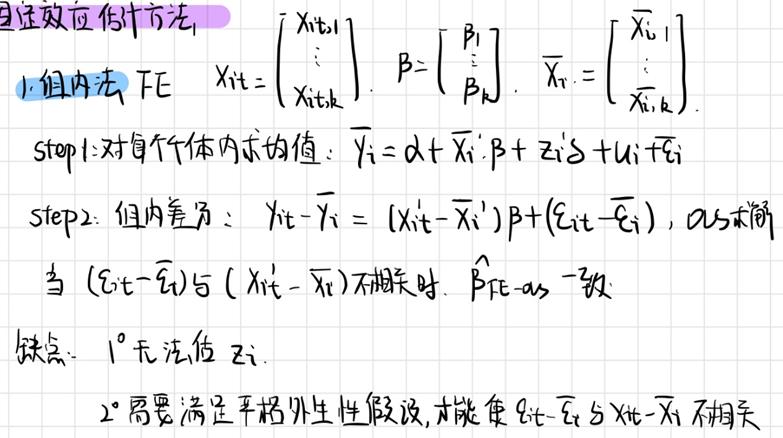
1. 组内法 FE
   - $X_{it}=\begin{bmatrix}X_{it,1}\\\vdots\\X_{it,k}\end{bmatrix}$, $\beta=\begin{bmatrix}\beta_{1}\\\vdots\\\beta_{k}\end{bmatrix}$, $\overline{X}_{i\cdot}=\begin{bmatrix}\overline{X}_{i,1}\\\vdots\\\overline{X}_{i,k}\end{bmatrix}$
   - step1: 对每个个体内求均值: $\overline{y}_{i}=\alpha+\overline{X}_{i\cdot}'\beta + z_{i}'\delta+u_{i}+\overline{\varepsilon}_{i}$
   - step2: 组内差分: $y_{it}-\overline{y}_{i}=(X_{it}'-\overline{X}_{i\cdot}')\beta+(\varepsilon_{it}-\overline{\varepsilon}_{i})$, 0.5 式简
   - 当 $(\varepsilon_{it}-\overline{\varepsilon}_{i})$ 与 $(X_{it}-\overline{X}_{i\cdot})$ 不相关时, $\hat{\beta}_{FE - as}$ 一致
   - 缺点:
     - $1^{\circ}$ 无法估 $z_{i}$
     - $2^{\circ}$ 需要满足严格外生性假设, 才能使 $\varepsilon_{it}-\overline{\varepsilon}_{i}$ 与 $X_{it}-\overline{X}_{i\cdot}$ 不相关